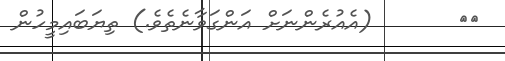
٢٩       (އެއުރެންނަށް އަންގަވާނެތެވެ.) ތިޔަބައިމީހުން